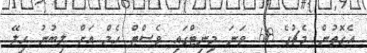
އެގޮތުން މެޗުގެ 68 ވަަނަ މިނިޓްގައި ވެސްޓް ހެމް އަށް ލިބުނު ހިލޭ